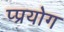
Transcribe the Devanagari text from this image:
प्प्रयोग